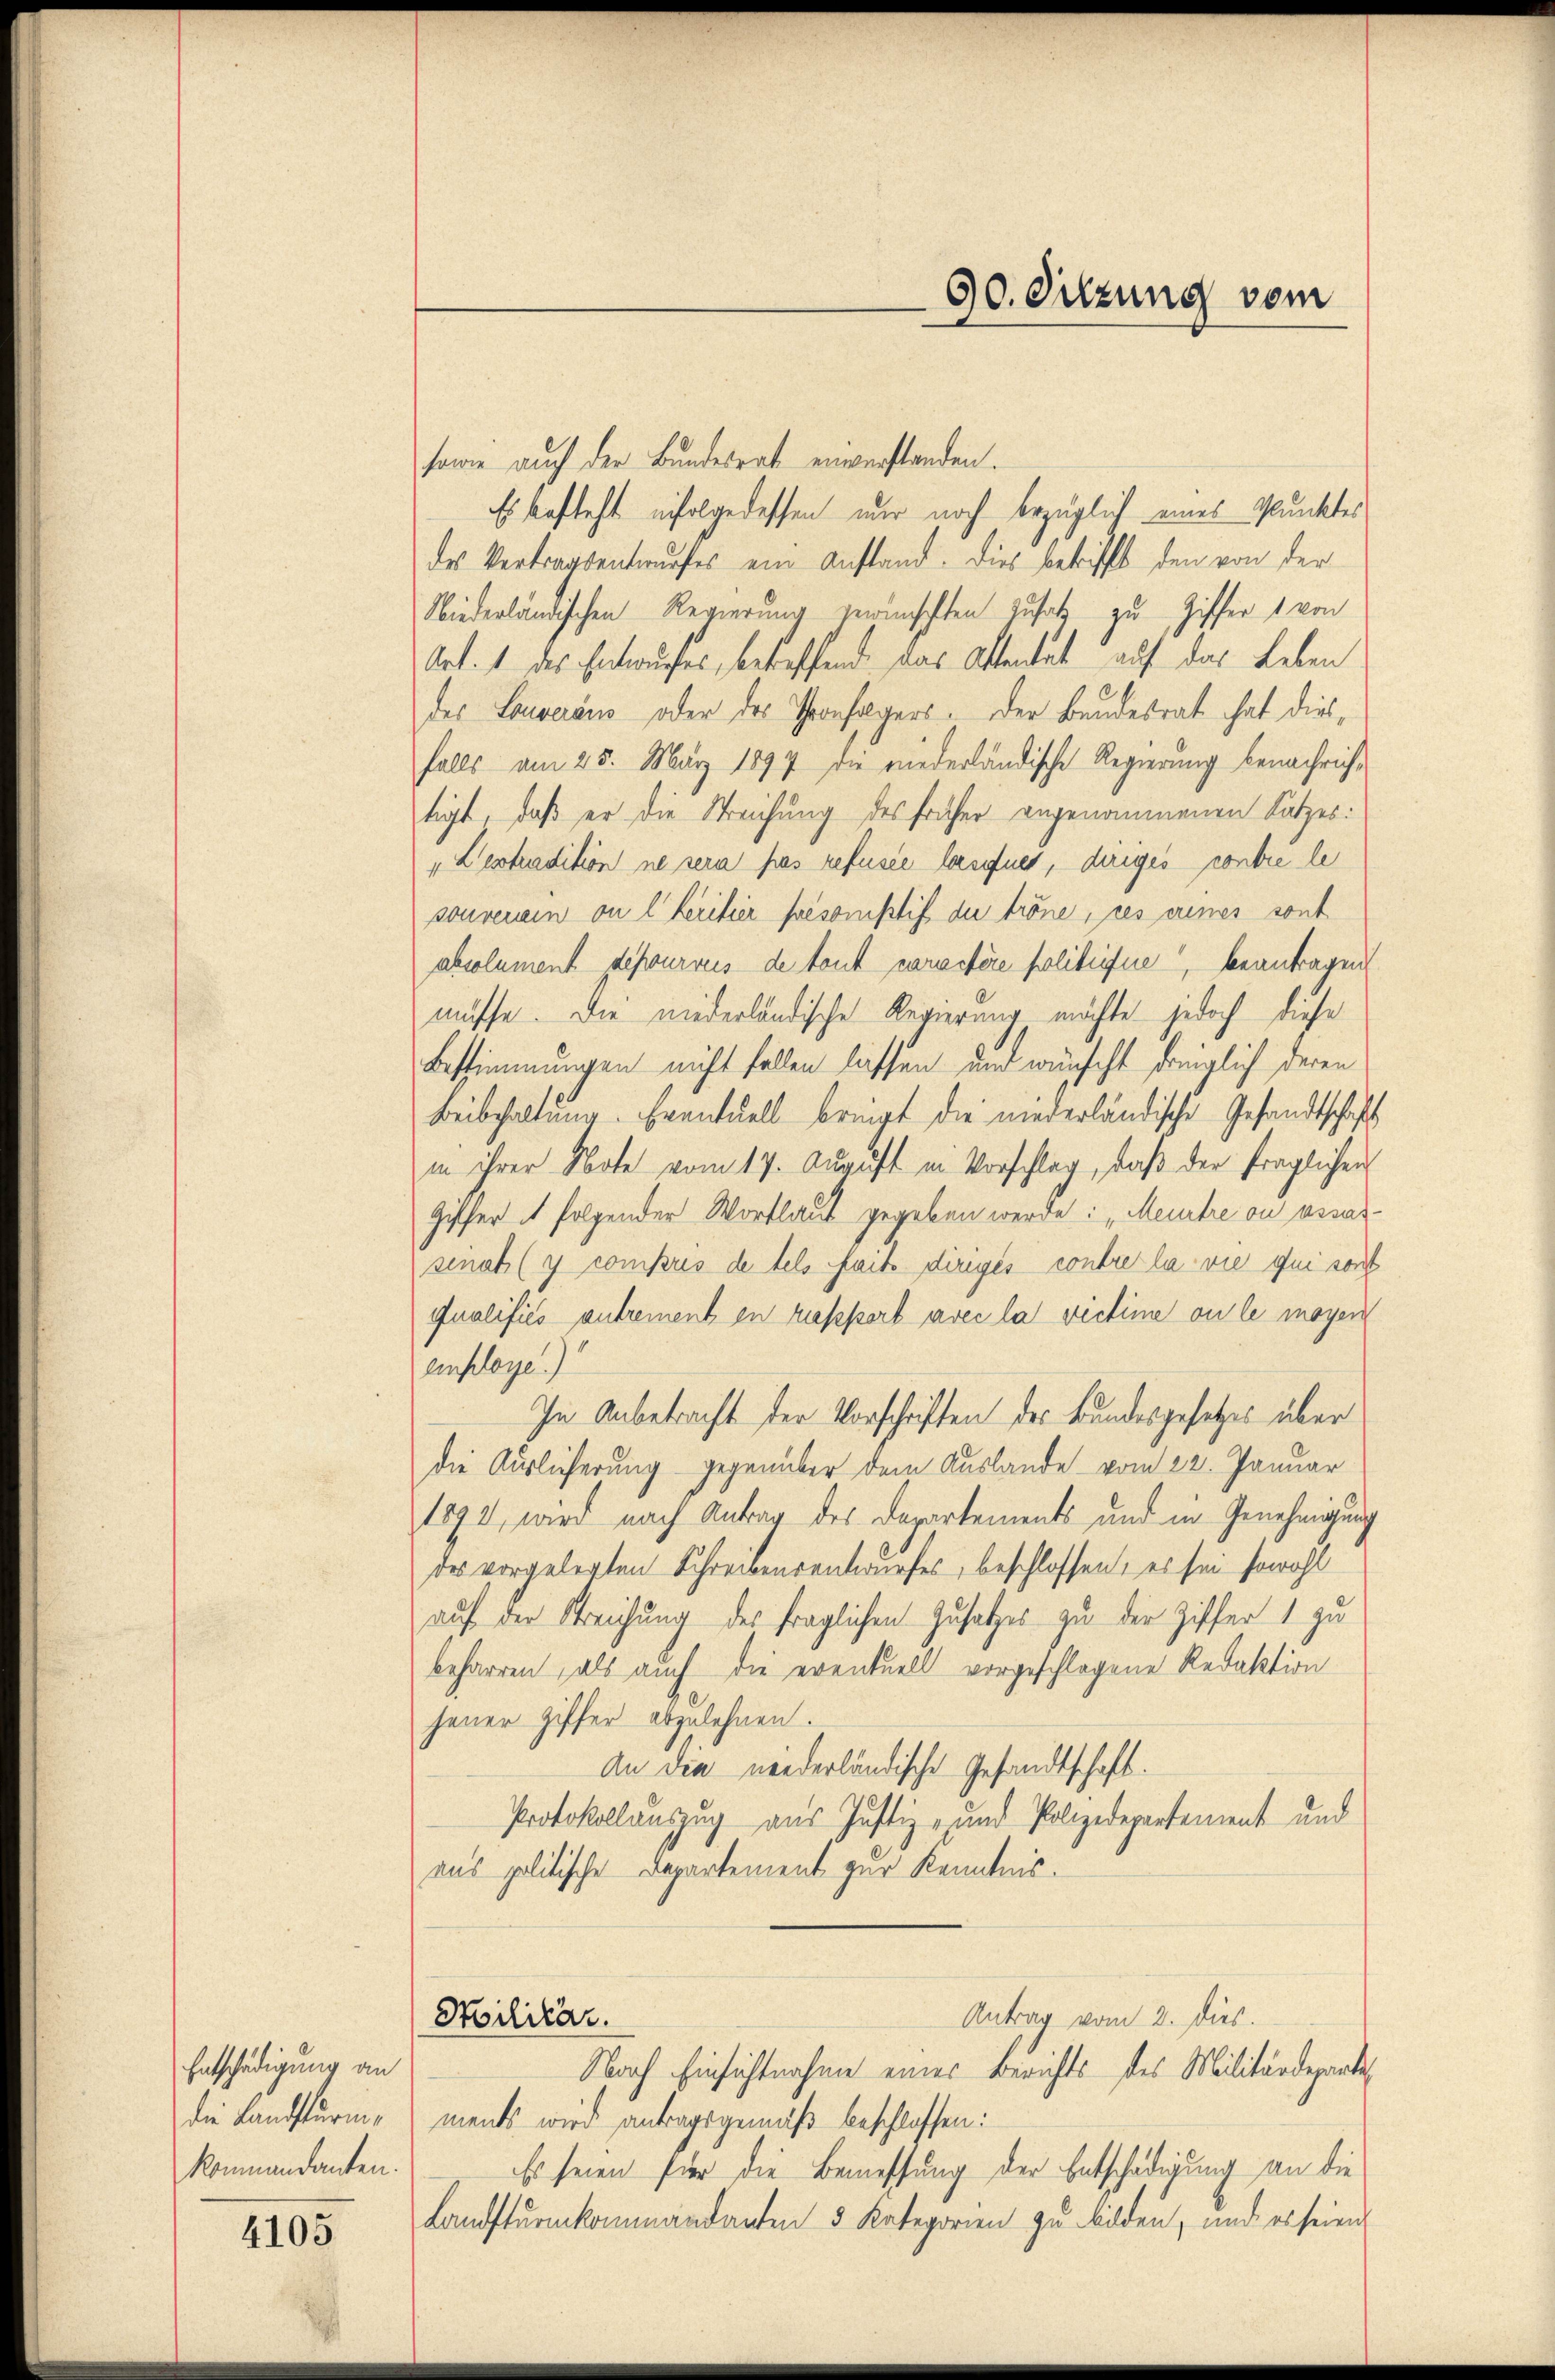
Entschädigung an
die Landsturm,
Kommandanten.

4105

sowie auch der Bundesrat enverstanden.
Es besteht erfolgedessen nur noch bezüglich eines Punktes
des Vertragsentwurfes ein Anstand. Dies betrifft den von der
Niederländischen Regierung gewünschten Zusatz zu Ziffer 1 von
Art. 1 des Entwurfes, betreffend das Ottentat auf das Leben
des Louveraus oder das Ponfagers. Der Bundesrat hat diesfalls am 25. März 1897 die niederländische Regierung benachrichtigt, daß er die Streichung des früher angenommenen Satzes:
"Lextradition ne sein pas refusée losfnet, diriges contre le
souverein on l Kritier présomptif du tröne, ces eines sont
absolument depourreis de tout caractère politifie, beantragen
müsse. Die niederländische Regierung möchte jedoch diese
Bestimmungen nicht fallen lassen und wünscht königlich deren
Beibehaltung. Eventuell bringt die niederländische Gesandtschäft
in ihrer Note vom 17. August in Vorschlag, daβ der fraglichen
Giffer et folgender Wortlaut gegeben werde: „Meuntre ou assassenat (y compris de tels ait dirigés contre la vie qui sont
qualifiés autrement en russert avec la victime ou le moyen
einfloge.)
In Anbetracht der Vorschriften des Bundesgesetzes über
die Auslieferung gegenüber dem Auslande vom 22. Januar
1893, wird nach Antrag des Departements und in Genehmigung
des vorgelegten Schreibensentwurfes, beschlossen, es sei sowohl
auf der Streichung des fraglichen Zusatzes zu der Ziffer 1 zu
beharren, als auch die eventuell vorgeschlagene Redaktion
jener Ziffer abzulehnen.
An die niederländische Gesandtschaft.
Protokollauszug aus Justiz- und Polizedepartement und
aus politische Departement zur Kenntnis.
Antrag vom 2. Dies
Militar.
Nach Einsichtnahme eines Berichts des Militärdeparte
ments wird antragsgemäß beschlossen:
Es seien für die Bemessung der Entschädigung an die
Landsturmkommandanten & Kategorien zu bilden, und es seien

90. Sitzung vom